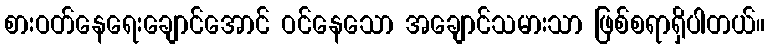
စားဝတ်နေရေးချောင်အောင် ဝင်နေသော အချောင်သမားသာ ဖြစ်စရာရှိပါတယ်။